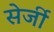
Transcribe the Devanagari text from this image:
सेर्जी